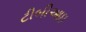
ટીબીઆઇ